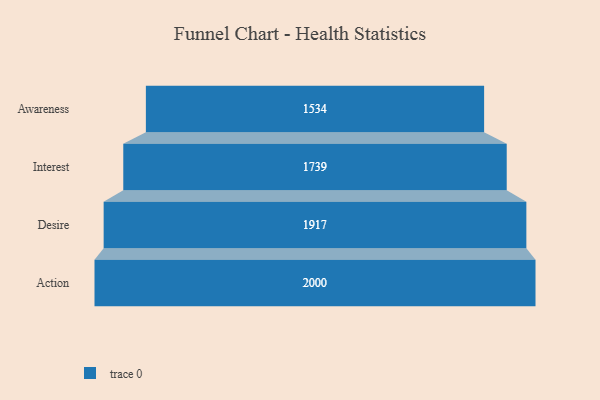
{"axis": {"x": "Stage", "y": "Value"}, "legend": [""], "data": [{"x": "Awareness", "y": 1534.0, "type": ""}, {"x": "Interest", "y": 1739.0, "type": ""}, {"x": "Desire", "y": 1917.0, "type": ""}, {"x": "Action", "y": 2000, "type": ""}]}